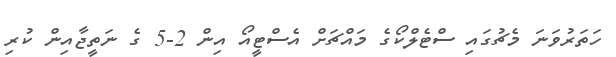
ހަތަރުވަނަ މެޗުގައި ސްޓެލްކޯގެ މައްޗަށް އެސްޓީއޯ އިން 2-5 ގެ ނަތީޖާއިން ކުރި